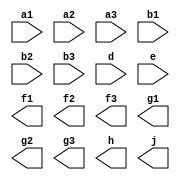
module test1 (a1, a2, a3, b1, b2, b3, d, e, 
             f1, f2, f3, g1, g2, g3, h, j);

input  [3:0] a1, a2, a3;
input        b1, b2, b3;
input  [7:0] d;
input        e;

output [3:0] f1, f2, f3;
output       g1, g2, g3;
output [7:0] h;
output       j;

wire   [3:0] a2, a3;
wire   b2, e;

reg    [3:0] f2, f3;
reg    g2, j;


reg  [7:0]  x1, x2;
reg         y, z;

endmodule